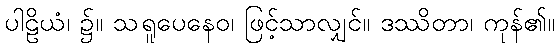
ပါဠိယံ၊ ၌။ သရူပေနေဝ၊ ဖြင့်သာလျှင်။ ဒဿိတာ၊ ကုန်၏။